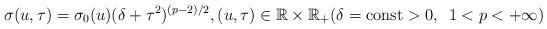
LaTeX: \begin{align*}\sigma(u,\tau)=\sigma_0(u)(\delta+\tau^2)^{(p-2)/2},(u,\tau)\in\mathbb{R}\times\mathbb{R}_+ (\delta=\mathrm{const} >0,\;\:1<p<+\infty)\end{align*}